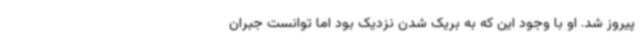
پیروز شد. او با وجود این که به بریک شدن نزدیک بود اما توانست جبران